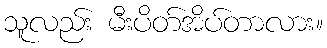
သူလည်း မီးပိတ်အိပ်တာလား။